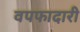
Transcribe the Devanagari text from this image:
वपफादारी